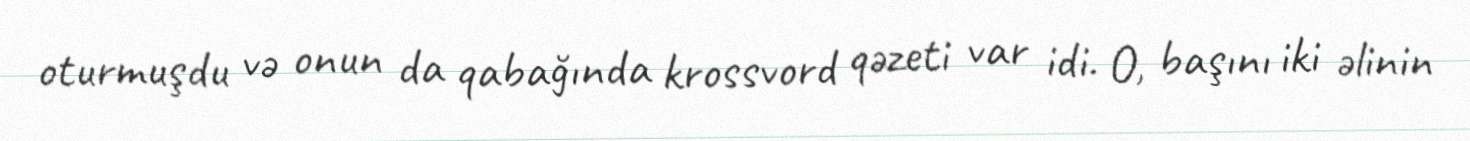
oturmuşdu və onun da qabağında krossvord qəzeti var idi. O, başını iki əlinin